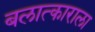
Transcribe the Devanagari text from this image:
बलात्‍काराला